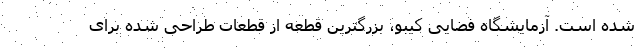
شده است. آزمایشگاه فضایی کیبو، بزرگترین قطعه از قطعات طراحی شده برای